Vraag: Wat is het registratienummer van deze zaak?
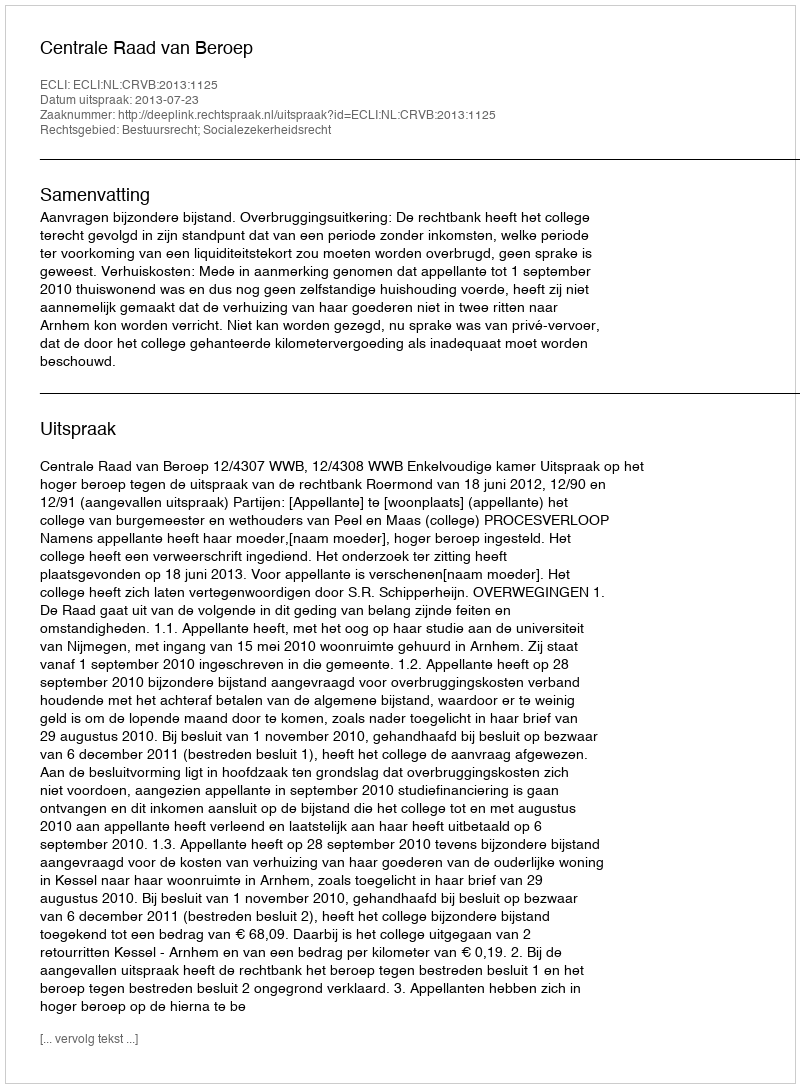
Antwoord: http://deeplink.rechtspraak.nl/uitspraak?id=ECLI:NL:CRVB:2013:1125